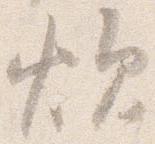
炊